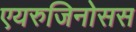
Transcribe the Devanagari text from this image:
एयरुजिनोसस